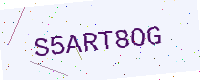
Text: S5ART8OG